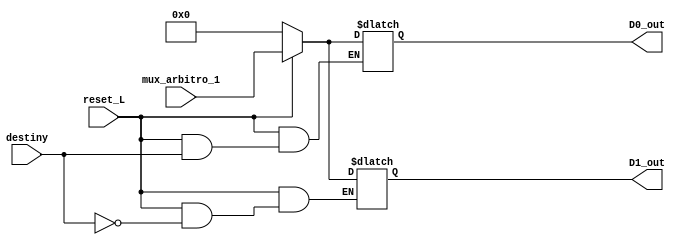
module arbitro_demux(input [5:0] mux_arbitro_1,
                    input reset_L, destiny,
                    output reg [5:0] D0_out, D1_out);

    always@(*) begin
        if(~reset_L) begin
            D0_out = 0;
            D1_out = 0;
        end
        else begin
            if (destiny == 0) D0_out = mux_arbitro_1;
            else if (destiny == 1) D1_out = mux_arbitro_1;
        end
    end

endmodule